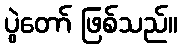
ပွဲတော် ဖြစ်သည်။